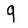
Character: 9